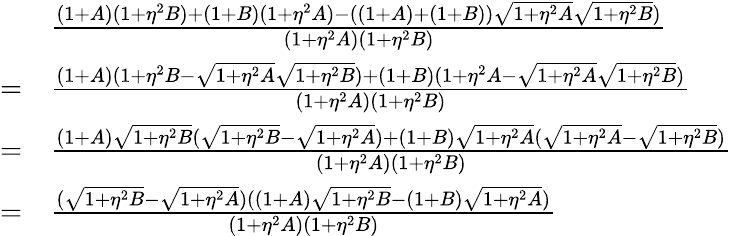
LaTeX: \begin{array}{rl}&{\frac{(1+A)(1+\eta^{2}B)+(1+B)(1+\eta^{2}A)-((1+A)+(1+B))\sqrt{1+\eta^{2}A}\sqrt{1+\eta^{2}B})}{(1+\eta^{2}A)(1+\eta^{2}B)}}\\ {=}&{\frac{(1+A)(1+\eta^{2}B-\sqrt{1+\eta^{2}A}\sqrt{1+\eta^{2}B})+(1+B)(1+\eta^{2}A-\sqrt{1+\eta^{2}A}\sqrt{1+\eta^{2}B})}{(1+\eta^{2}A)(1+\eta^{2}B)}}\\ {=}&{\frac{(1+A)\sqrt{1+\eta^{2}B}(\sqrt{1+\eta^{2}B}-\sqrt{1+\eta^{2}A})+(1+B)\sqrt{1+\eta^{2}A}(\sqrt{1+\eta^{2}A}-\sqrt{1+\eta^{2}B})}{(1+\eta^{2}A)(1+\eta^{2}B)}}\\ {=}&{\frac{(\sqrt{1+\eta^{2}B}-\sqrt{1+\eta^{2}A})((1+A)\sqrt{1+\eta^{2}B}-(1+B)\sqrt{1+\eta^{2}A})}{(1+\eta^{2}A)(1+\eta^{2}B)}}\end{array}